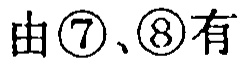
由\textcircled{7}、\textcircled{8}有